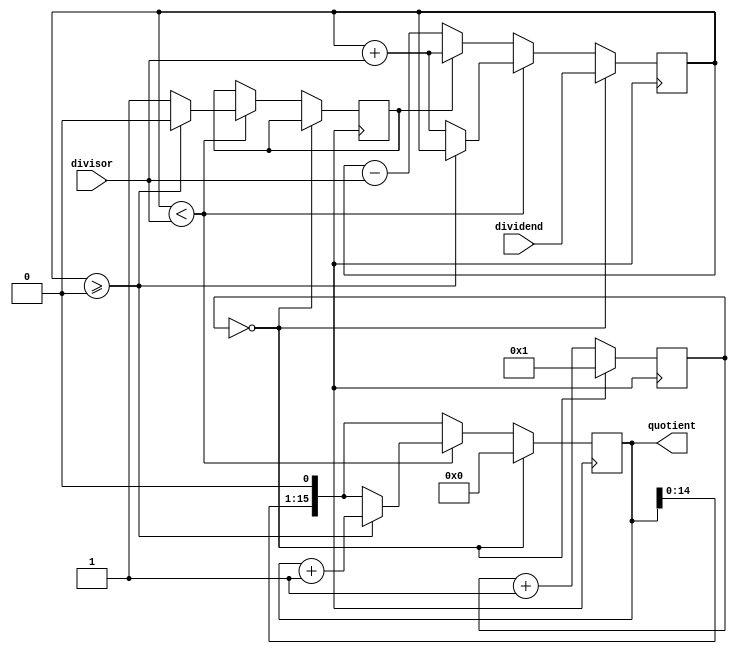
module NonRestoringDivider (
    input [15:0] dividend,
    input [15:0] divisor,
    output reg [15:0] quotient
);

reg [15:0] remainder;
reg [15:0] counter;
reg negative_remainder;

always @ (posedge clk) begin
    if (counter == 0) begin
        remainder <= dividend;
        quotient <= 0;
        counter <= 1;
    end else begin
        if (negative_remainder == 1) begin
            remainder <= remainder + divisor;
        end else begin
            remainder <= remainder - divisor;
        end
        if (remainder < divisor) begin
            quotient <= quotient << 1;
            counter <= counter + 1;
            if (remainder >= 0) begin
                remainder <= remainder;
                quotient <= quotient + 1;
                negative_remainder <= 0;
            end else begin
                remainder <= remainder + divisor;
                negative_remainder <= 1;
            end
        end else begin
            quotient <= quotient << 1;
            counter <= counter + 1;
        end
    end
end

endmodule